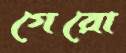
গেরো